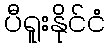
ပီရူးနိုင်ငံ